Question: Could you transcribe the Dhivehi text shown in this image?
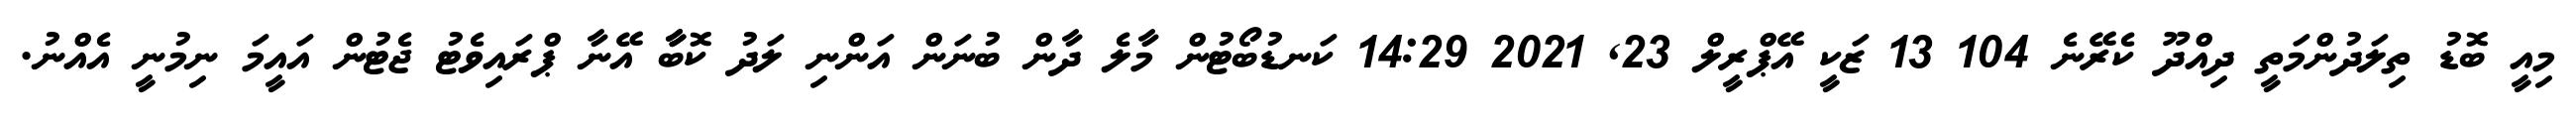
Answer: މިއީ ބޮޑު ތިލަދުންމަތީ ދިއްދޫ ކެރޭނެ 104 13 ޒަކީ އޭޕްރީލް 23, 2021 14:29 ކަނޑުބޯޓުން މާލެ ދާން ބުނަން އަންނި ލަދު ކޮބާާ އޭނާ ޕްރައިވެޓު ޖެޓުން އައީމަ ނިމުނީ އެއްނު.